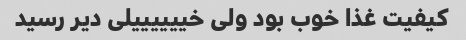
کیفیت غذا خوب بود ولی خییییییلی دیر رسید